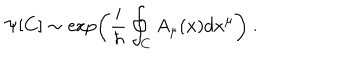
LaTeX: \Psi [ C ] \sim \exp \left( { \frac { i } { \hbar } } \oint _ { C } A _ { \mu } ( x ) d x ^ { \mu } \right) \ .